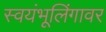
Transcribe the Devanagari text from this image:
स्वयंभूलिंगावर